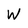
Character: W